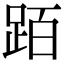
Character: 𬦰